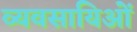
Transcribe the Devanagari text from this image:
व्यवसायिओं